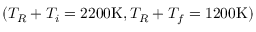
( T _ { R } + T _ { i } = 2 2 0 0 \mathrm { K } , T _ { R } + T _ { f } = 1 2 0 0 \mathrm { K } )